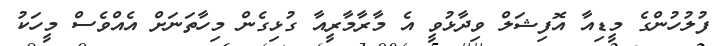
ފުލުހުންގެ މީޑިއާ އޮފިޝަލް ވިދާޅުވީ އެ މާރާމާރީއާ ގުޅިގެން މިހާތަނަށް އެއްވެސް މީހަކު